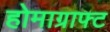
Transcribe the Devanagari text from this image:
होमाग्राफ्ट